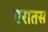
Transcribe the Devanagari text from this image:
एरातस